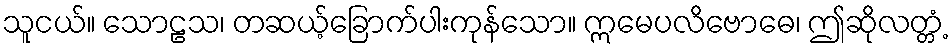
သူငယ်။ သောဠသ၊ တဆယ့်ခြောက်ပါးကုန်သော။ ဣမေပလိဗောဓေ၊ ဤဆိုလတ္တံ့